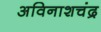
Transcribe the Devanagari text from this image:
अविनाशचंद्र